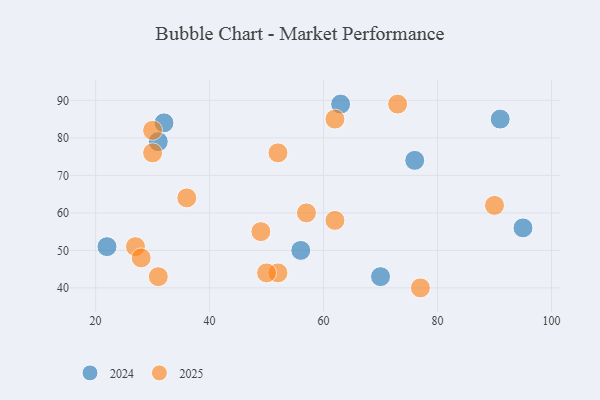
{"axis": {"x": "GDP", "y": "Life Expectancy"}, "legend": ["2024", "2025"], "data": [{"x": "30", "y": 76, "type": "2025"}, {"x": "73", "y": 89, "type": "2025"}, {"x": "77", "y": 40, "type": "2025"}, {"x": "62", "y": 85, "type": "2025"}, {"x": "36", "y": 64, "type": "2025"}, {"x": "27", "y": 51, "type": "2025"}, {"x": "52", "y": 76, "type": "2025"}, {"x": "57", "y": 60, "type": "2025"}, {"x": "49", "y": 55, "type": "2025"}, {"x": "62", "y": 58, "type": "2025"}, {"x": "52", "y": 44, "type": "2025"}, {"x": "30", "y": 82, "type": "2025"}, {"x": "90", "y": 62, "type": "2025"}, {"x": "50", "y": 44, "type": "2025"}, {"x": "28", "y": 48, "type": "2025"}, {"x": "31", "y": 43, "type": "2025"}, {"x": "63", "y": 89, "type": "2024"}, {"x": "22", "y": 51, "type": "2024"}, {"x": "91", "y": 85, "type": "2024"}, {"x": "70", "y": 43, "type": "2024"}, {"x": "95", "y": 56, "type": "2024"}, {"x": "76", "y": 74, "type": "2024"}, {"x": "32", "y": 84, "type": "2024"}, {"x": "31", "y": 79, "type": "2024"}, {"x": "56", "y": 50, "type": "2024"}]}